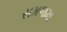
સમજમા